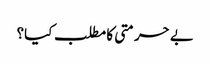
بے حرمتی کا مطلب کیا؟